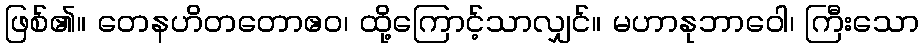
ဖြစ်၏။ တေနဟိတတောဧဝ၊ ထို့ကြောင့်သာလျှင်။ မဟာနုဘာဝေါ၊ ကြီးသော